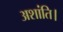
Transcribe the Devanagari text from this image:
अशांति।